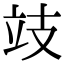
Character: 攱